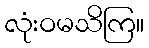
လုံးဝမသိကြ။